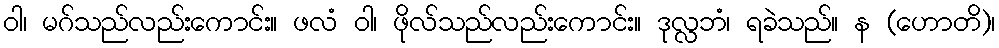
ဝါ၊ မဂ်သည်လည်းကောင်း။ ဖလံ ဝါ၊ ဖိုလ်သည်လည်းကောင်း။ ဒုလ္လဘံ၊ ရခဲသည်။ န (ဟောတိ)၊